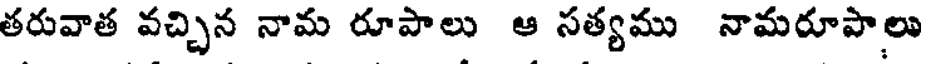
తరువాత వచ్చిన నామ రూపాలు ఆ సత్యము నామరూపాలు